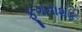
ફૂગનાશક